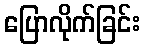
ပြောလိုက်ခြင်း